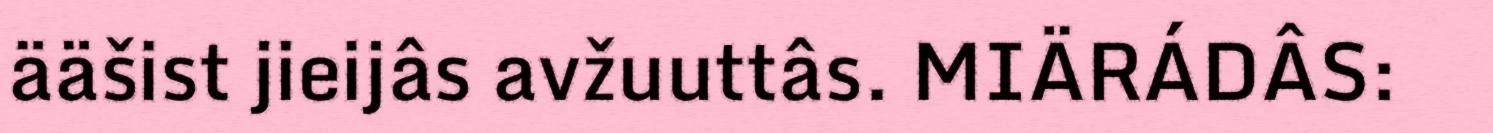
ääšist jieijâs avžuuttâs. MIÄRÁDÂS: